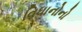
વિધાનોનો